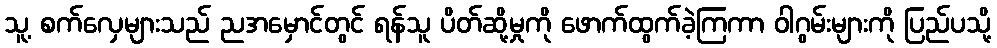
သူ့ စက်လှေများသည် ညအမှောင်တွင် ရန်သူ ပိတ်ဆို့မှုကို ဖောက်ထွက်ခဲ့ကြကာ ဝါဂွမ်းများကို ပြည်ပသို့